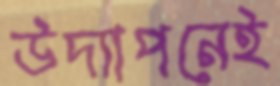
উদ্যাপনেই